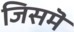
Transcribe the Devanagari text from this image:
जिसमॆं